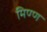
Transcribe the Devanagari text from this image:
मिण्ण